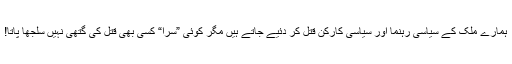
ہمارے ملک کے سیاسی رہنما اور سیاسی کارکن قتل کر دئیے جاتے ہیں مگر کوئی ”سرا“ کسی بھی قتل کی گتھی نہیں سلجھا پاتا!